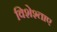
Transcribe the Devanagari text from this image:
विशेश्ताए